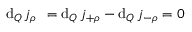
\mathrm { d } _ { Q } \, j _ { \rho } ^ { \mathrm { ~ \, ~ } } = \mathrm { d } _ { Q } \, j _ { + \rho } ^ { \mathrm { ~ \, ~ } } - \mathrm { d } _ { Q } \, j _ { - \rho } ^ { \mathrm { ~ \, ~ } } = 0